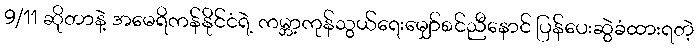
9/11 ဆိုတာနဲ့ အမေရိကန်နိုင်ငံရဲ့ ကမ္ဘာ့ကုန်သွယ်ရေးမျှော်စင်ညီနောင် ပြန်ပေးဆွဲခံထားရတဲ့